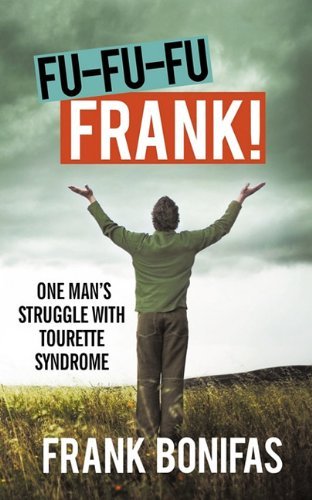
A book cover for By Frank Bonifas: FU-FU-FU-FRANK!: One man's struggle with Tourette Syndrome; -AuthorHouse-; Health, Fitness & Dieting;